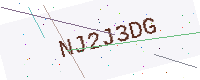
Text: NJ2J3DG